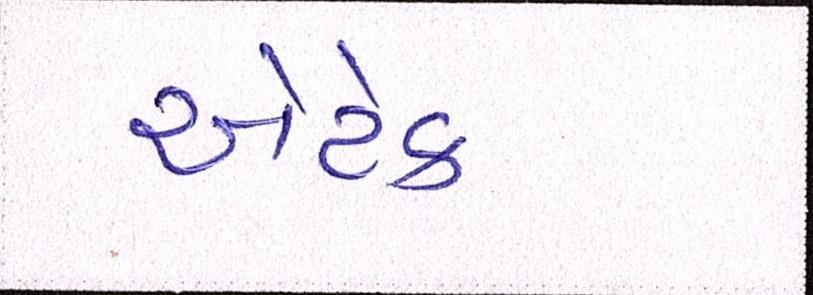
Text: એટેક